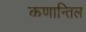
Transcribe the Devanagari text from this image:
कणान्तिल